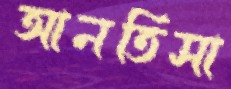
আনতিসা